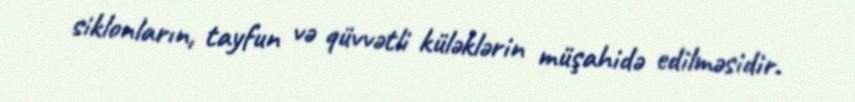
siklonların, tayfun və qüvvətli küləklərin müşahidə edilməsidir.